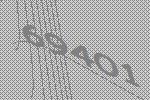
69401